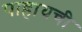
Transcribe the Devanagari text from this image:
पाहायची